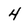
Character: 4